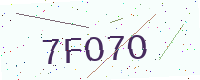
Text: 7FO7O